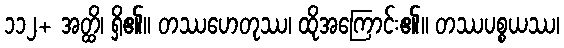
၁၁၂+ အတ္ထိ၊ ရှိ၏။ တဿဟေတုဿ၊ ထိုအကြောင်း၏။ တဿပစ္စယဿ၊